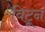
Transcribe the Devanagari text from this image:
विटून